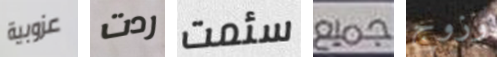
عزوبية ردت سئمت جميع وزوج